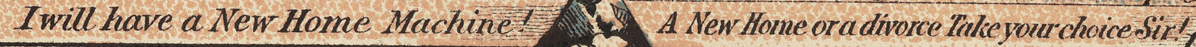
I will have a New Home Machine! A New Home or a divorce Take your choice Sir!